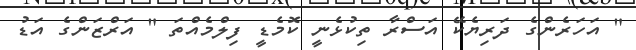
" އަހަރެންގެ ދަރިޔެކޭ އަސްރާ ތިކުޅެނީ ކޮމެޑީ ފިލްމެއްތަ " އަރްޒަންގެ އަޑު